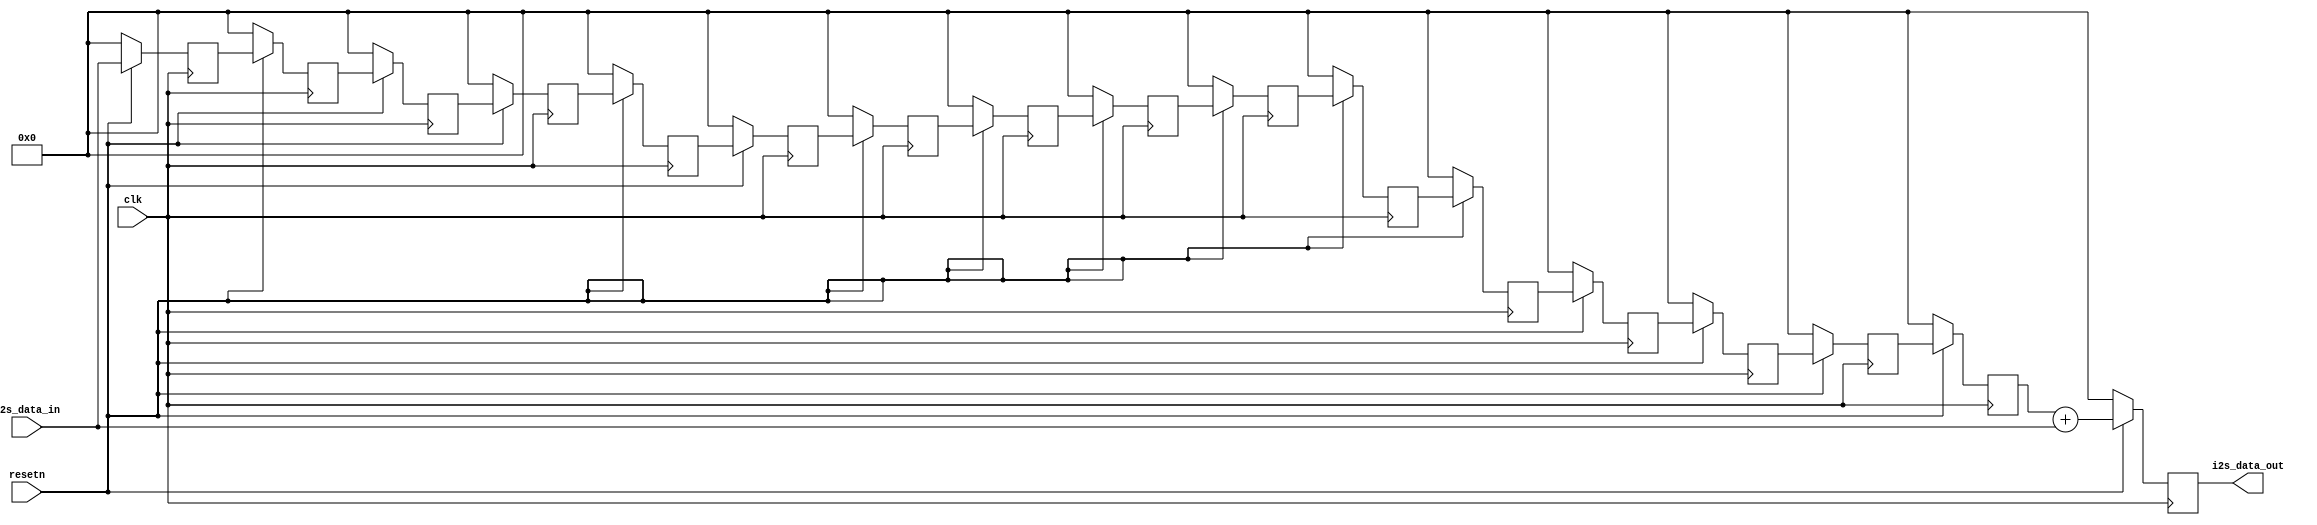
module delay #(
    parameter DATA_WIDTH = 16
) (
    input [DATA_WIDTH-1:0] i2s_data_in,
    output reg [DATA_WIDTH-1:0] i2s_data_out,
    input clk,
    input resetn
);

  //  Delay buffers
  reg signed [15:0] buffer0, buffer1, buffer2, buffer3, buffer4, buffer5, buffer6, buffer7, buffer8, buffer9, buffer10, buffer11, buffer12, buffer13, buffer14, buffer15;

  // Buffer stage
  always @(posedge clk) begin
    if (!resetn) begin
      buffer0  <= 'h00;
      buffer1  <= 'h00;
      buffer2  <= 'h00;
      buffer3  <= 'h00;
      buffer4  <= 'h00;
      buffer5  <= 'h00;
      buffer6  <= 'h00;
      buffer7  <= 'h00;
      buffer8  <= 'h00;
      buffer9  <= 'h00;
      buffer10 <= 'h00;
      buffer11 <= 'h00;
      buffer12 <= 'h00;
      buffer13 <= 'h00;
      buffer14 <= 'h00;
      buffer15 <= 'h00;
    end else begin
      buffer0  <= i2s_data_in;
      buffer1  <= buffer0;
      buffer2  <= buffer1;
      buffer3  <= buffer2;
      buffer4  <= buffer3;
      buffer5  <= buffer4;
      buffer6  <= buffer5;
      buffer7  <= buffer6;
      buffer8  <= buffer7;
      buffer9  <= buffer8;
      buffer10 <= buffer9;
      buffer11 <= buffer10;
      buffer12 <= buffer11;
      buffer13 <= buffer12;
      buffer14 <= buffer13;
      buffer15 <= buffer14;
    end
  end

  // Delay stage
  // At 100 MHz, a delay of 16 clock cycles is ~160 ns. to increase this time,
  // we can decrease the clock frequency or increase the number of buffers. To make the delay audible to humans,
  // it should be about 500 ms, so, with 16 buffers, the module should run @ 32
  // MHz.
  always @(posedge clk) begin
    if (!resetn) begin
      i2s_data_out <= 'h00;
    end else begin
      i2s_data_out <= buffer15 + i2s_data_in;
    end
  end

  // Waves for simulation
  initial begin
    $dumpvars(0, delay);
    $dumpfile("delay.vcd");
  end


endmodule